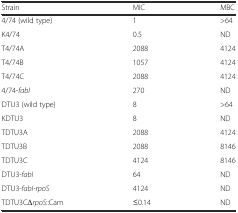
<table><thead><tr><td><b>Strain</b></td><td><b>MIC</b></td><td><b>MBC</b></td></tr></thead><tbody><tr><td>4/74 (wild type)</td><td>1</td><td>&gt;64</td></tr><tr><td>K4/74</td><td>0.5</td><td>ND</td></tr><tr><td>T4/74A</td><td>2088</td><td>4124</td></tr><tr><td>T4/74B</td><td>1057</td><td>4124</td></tr><tr><td>T4/74C</td><td>2088</td><td>4124</td></tr><tr><td>4/74-<i>fabI</i></td><td>270</td><td>ND</td></tr><tr><td>DTU3 (wild type)</td><td>8</td><td>&gt;64</td></tr><tr><td>KDTU3</td><td>8</td><td>ND</td></tr><tr><td>TDTU3A</td><td>2088</td><td>4124</td></tr><tr><td>TDTU3B</td><td>2088</td><td>8146</td></tr><tr><td>TDTU3C</td><td>4124</td><td>8146</td></tr><tr><td>DTU3-<i>fabI</i></td><td>64</td><td>ND</td></tr><tr><td>DTU3-<i>fabI-rpoS</i></td><td>4124</td><td>ND</td></tr><tr><td>TDTU3CΔ<i>rpoS</i>::Cam</td><td>≤0.14</td><td>ND</td></tr></tbody></table>